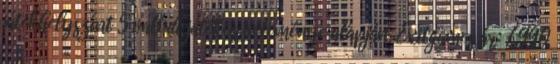
játékhelyszínt 5 valódi játékos véleménye alapján. Exitgames ár: 7.990